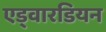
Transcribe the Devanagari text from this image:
एड्वारडियन